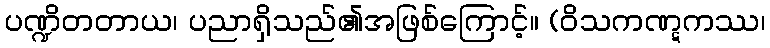
ပဏ္ဍိတတာယ၊ ပညာရှိသည်၏အဖြစ်ကြောင့်။ (ဝိသကဏ္ဋကဿ၊